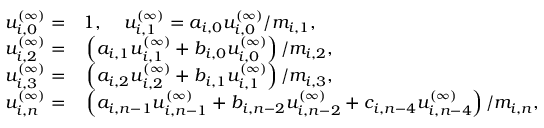
\begin{array} { r l } { { u _ { i , 0 } ^ { ( \infty ) } = } } & { { } { { } 1 , \; \; \; \; u _ { i , 1 } ^ { ( \infty ) } = a _ { i , 0 } u _ { i , 0 } ^ { ( \infty ) } / m _ { i , 1 } , } } \\ { { u _ { i , 2 } ^ { ( \infty ) } = } } & { { } { { } \left( a _ { i , 1 } u _ { i , 1 } ^ { ( \infty ) } + b _ { i , 0 } u _ { i , 0 } ^ { ( \infty ) } \right) / m _ { i , 2 } , } } \\ { { u _ { i , 3 } ^ { ( \infty ) } = } } & { { } { { } \left( a _ { i , 2 } u _ { i , 2 } ^ { ( \infty ) } + b _ { i , 1 } u _ { i , 1 } ^ { ( \infty ) } \right) / m _ { i , 3 } , } } \\ { { u _ { i , n } ^ { ( \infty ) } = } } & { { } { { } \left( a _ { i , n - 1 } u _ { i , n - 1 } ^ { ( \infty ) } + b _ { i , n - 2 } u _ { i , n - 2 } ^ { ( \infty ) } + c _ { i , n - 4 } u _ { i , n - 4 } ^ { ( \infty ) } \right) / m _ { i , n } , } } \end{array}